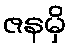
ဇနမှိ